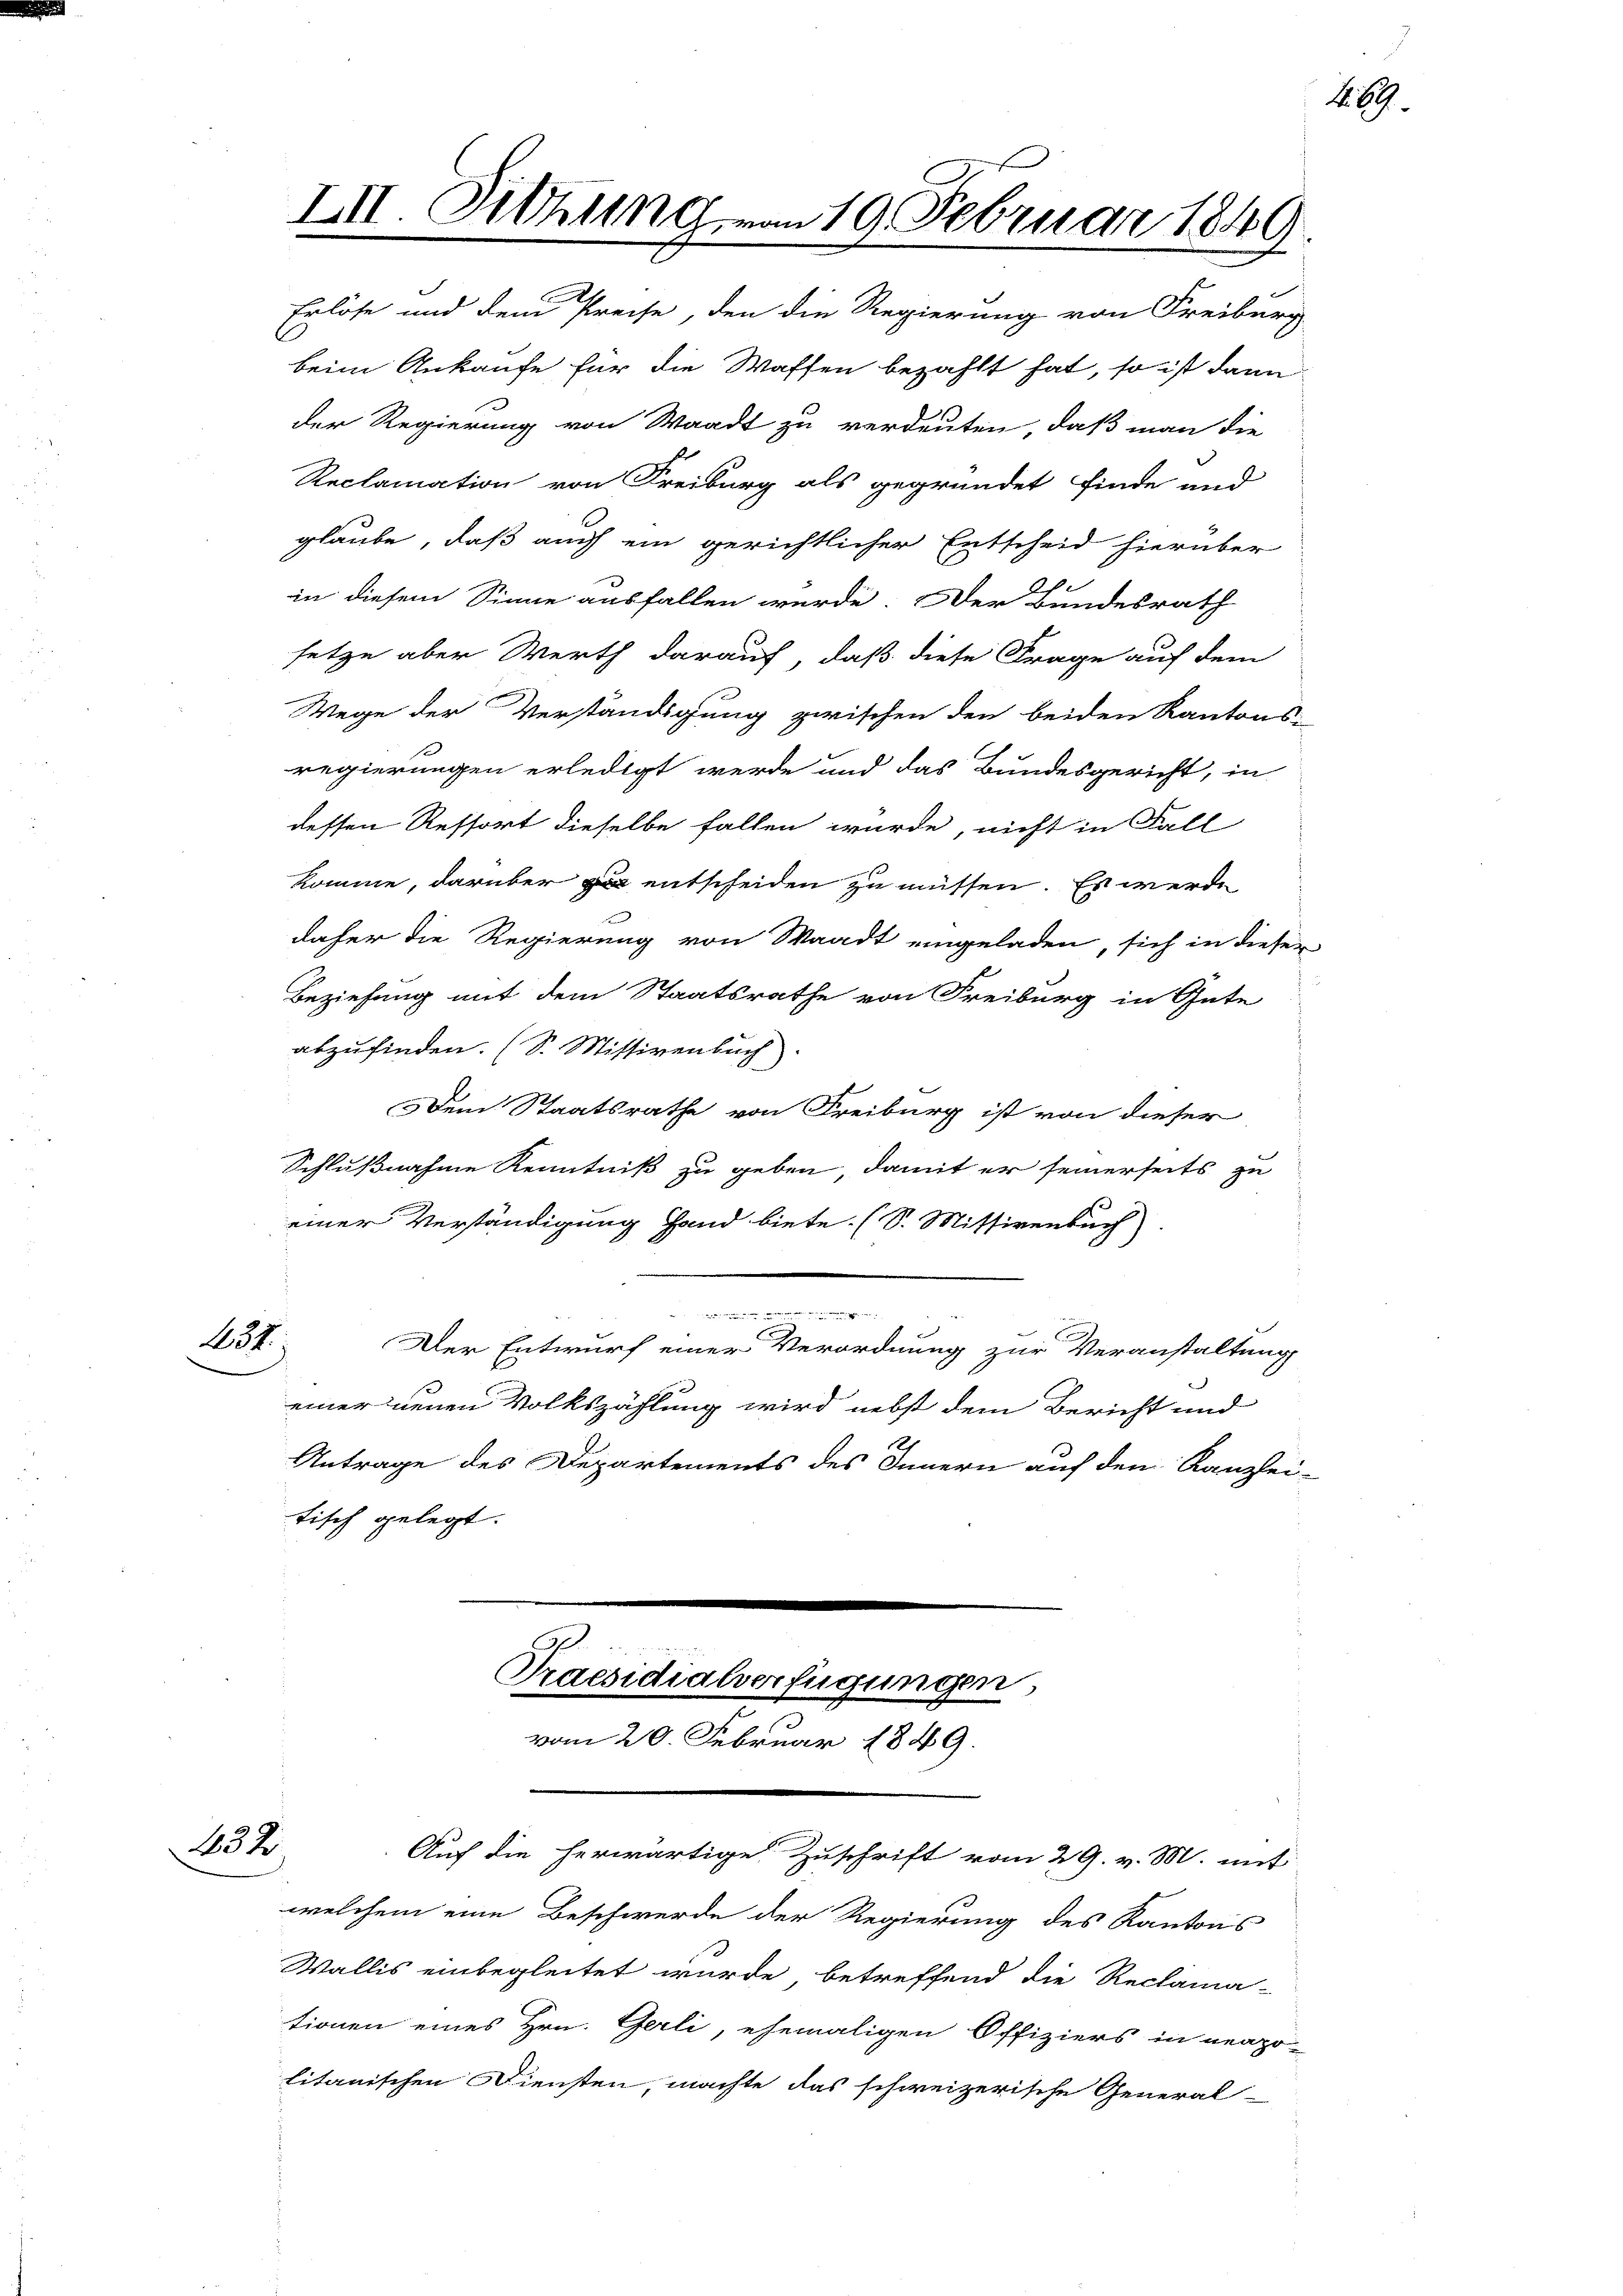
132

Erlöse und dem Preise, den die Regierung von Freiberg
beim Ankaufe für die Waffen bezahlt hat, so ist dann
der Regierung von Waadt zu verdeuten, daß man die
Reclamation von Freiburg als gegründet finde und
glaube, daß auch ein gerichtlicher Entscheid hierüber
.
in diesem Sinne ausfallen werde. Der Bundesrath
setze aber Werth darauf, daß diese Frage auf dem
Wege der Verständigung zwischen den beiden Kantons-
regierungen erledigt werde und das Bundesgericht, in
dessen Ressort dieselbe fallen wurde, nicht in Fall
komme, darüber zu entscheiden zu müssen. Es werde
daher die Regierung von Waadt eingeladen, sich in dieser
Beziehung mit dem Staatsrathe von Freiburg in Gute
abzufinden. (S. Missivenbuch
Dem Staatsrathe von Freiburg ist von dieser
Schlußnahme Kenntniß zu geben, damit er seinerseits zu
einer Verständigung Hand biete. (S. Missivenbuch
.
437.
Der Entwurf einer Verordnung zur Veranstaltung
einer neuen Volkszählung wird nebst dem Bericht und
Antrage des Departements des Innern auf den Kanzlei-
tisch gelegt.

III. Sitzung von 19. Februar 1849.

Praesidialverfügungen
vom 20. Februar 1849.

welchem eine Beschwerde der Regierung des Kantons
Wallis einbegleitet wurde, betreffend die Reclama-
tionen eines Hrn. Gerli, ehemaligen Offiziers in neapo-
litanischen Diensten, machte das schweizerische General-

Auf die herwärtige Zuschrift vom 29. v. M. mit

169.